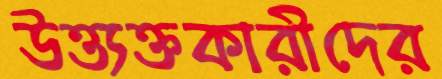
উত্ত্যক্তকারীদের